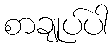
စာချုပ်ပါ